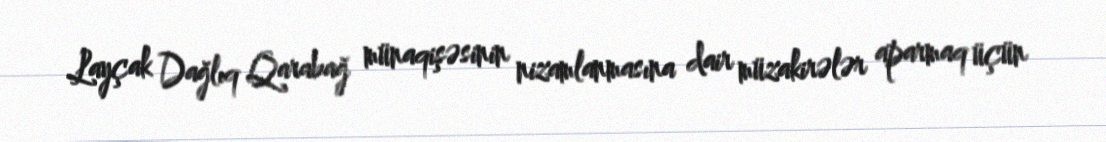
Layçak Dağlıq Qarabağ münaqişəsinin nizamlanmasına dair müzakirələr aparmaq üçün